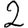
Digit: 2